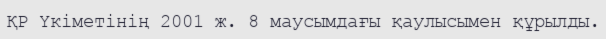
ҚР Үкіметінің 2001 ж. 8 маусымдағы қаулысымен құрылды.